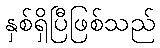
နှစ်ရှိပြီဖြစ်သည်